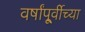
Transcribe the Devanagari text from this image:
वर्षांपू्र्वीच्या